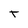
Character: t